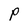
Character: P